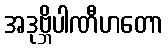
အဒုဗ္ဘိပါဏီဟတော